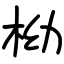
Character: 柪